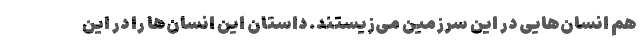
هم انسان‌هایی در این سرزمین می‌زیستند. داستان این انسان‌ها را در این